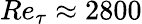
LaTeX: Re_{\tau}\approx 2800